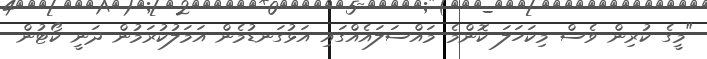
"މީގެ ކުރިން ވެސް މިކަހަލަ ކޮންމެ މައްސަލައެއްގައި އަޅުގަނޑުމެން އަމަލުކުރަމުން ދަނީ ކޯޓުން